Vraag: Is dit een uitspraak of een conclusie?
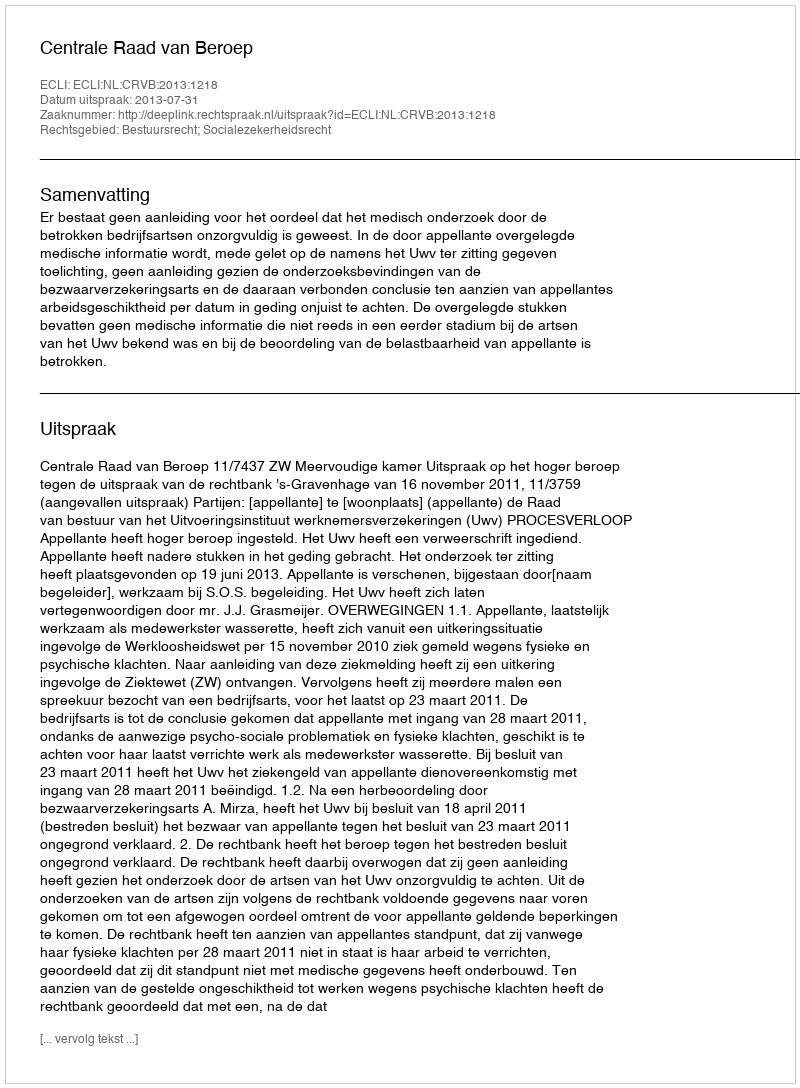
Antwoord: Uitspraak